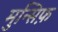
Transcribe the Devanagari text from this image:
मुन्सिफ़